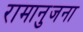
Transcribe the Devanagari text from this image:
रामानुजना